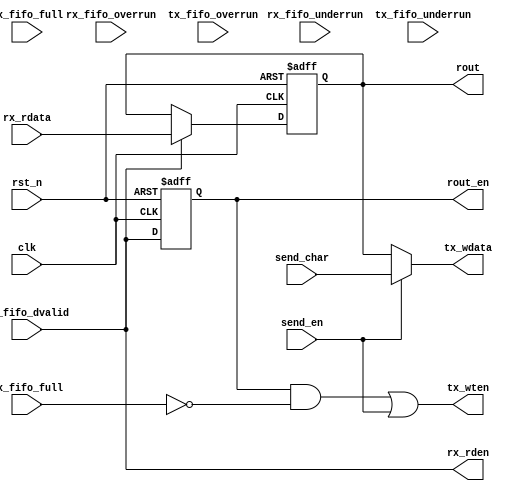

// Tang Nano UART loop by yoshiki9636

module uart_loop (
    input clk,
    input rst_n,

	// from/to outside
	output [7:0] rout,
	output rout_en,
	input [7:0] send_char,
	input send_en,

	// from rx
	output rx_rden,
	input [7:0] rx_rdata,
	input rx_fifo_full,
	input rx_fifo_dvalid,
	input rx_fifo_overrun,
	input rx_fifo_underrun,
	// to tx
	output [7:0] tx_wdata,
	output tx_wten,
	input tx_fifo_full,
	input tx_fifo_overrun,
	input tx_fifo_underrun

);

// loopback

assign rx_rden = rx_fifo_dvalid;

// rx data latch
reg [7:0] rx_data_l;
reg tx_wten_loop;

always @ (posedge clk or negedge rst_n) begin
    if (~rst_n)
        rx_data_l <= 8'd0 ;
    else if (rx_fifo_dvalid)
        rx_data_l <= rx_rdata ;
end

assign rout = rx_data_l;
assign rout_en = tx_wten_loop;

// tx write enable

always @ (posedge clk or negedge rst_n) begin
    if (~rst_n)
        tx_wten_loop <= 1'b0 ;
    else
        tx_wten_loop <= rx_fifo_dvalid ;
end

assign tx_wten = (tx_wten_loop & ~tx_fifo_full) | send_en;

assign tx_wdata = send_en ? send_char : rx_data_l;


endmodule